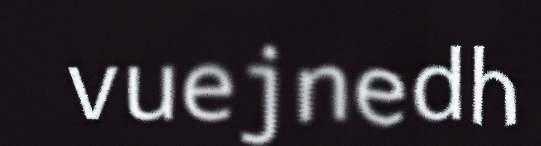
vuejnedh